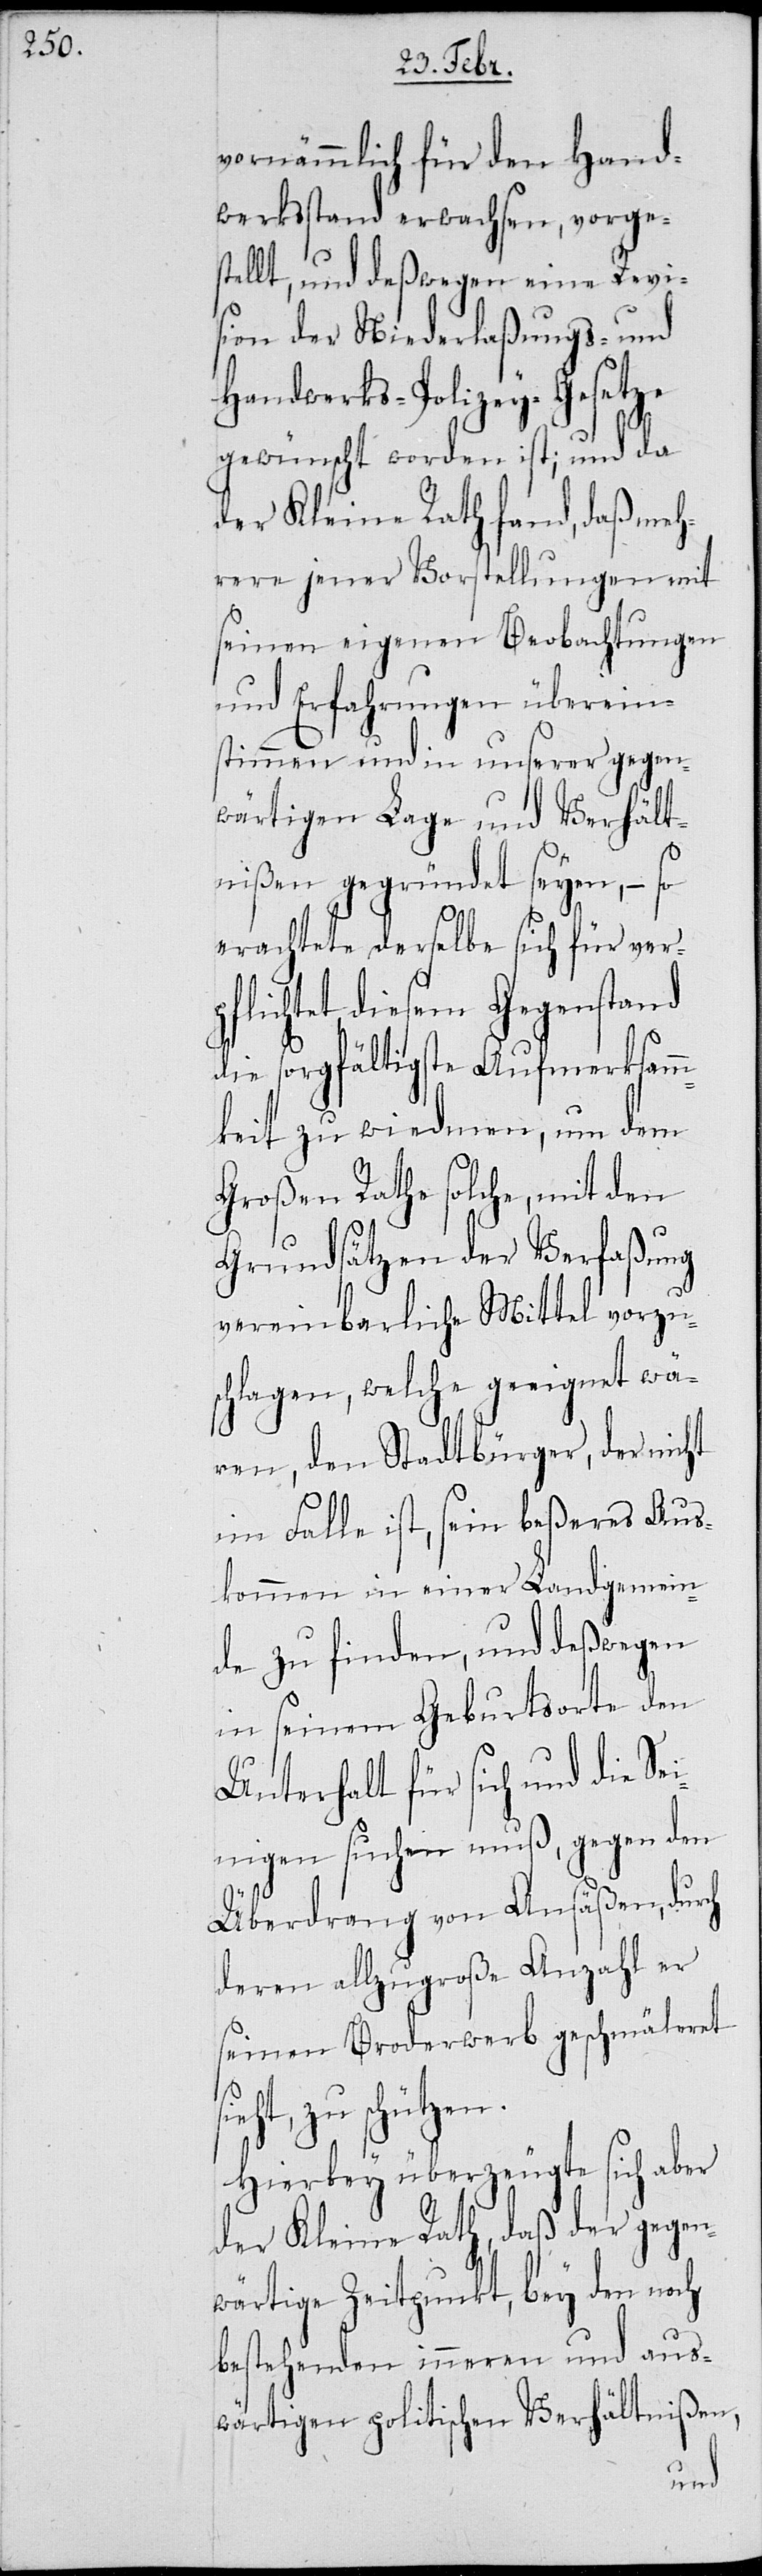
vornämmlich für den Hand¬
werksstand erwachsen, vorges¬
tellt, und deßwegen eine Revi¬
sion der Niederlaßungs- und
Handwerks-Polizey-Gesetze
gewünscht worden ist; und da
der Kleine Rath fand, daß meh¬
rere jener Vorstellungen mit
seinen eigenen Beobachtungen
und Erfahrungen überein¬
stimmen und in unserer gegen¬
wärtigen Lage und Verhält¬
nißen gegründet seyen, – so
erachtet derselbe sich für ver¬
pflichtet, diesem Gegenstand
die sorgfältigste Aufmerksam¬
keit zu wiedmen, um dem
Großen Rathe solche, mit den
Grundsätzen der Verfaßung
vereinbarliche Mittel vorzu¬
schlagen, welche geeignet wä¬
ren, den Stadtbürger, der nicht
im Falle ist, sein beßeres Aus¬
kommen in einer Landgemein¬
de zu finden, und deßwegen
in seinem Geburtsorte den
Unterhalt für sich und die Se¬
inigen suchen muß, gegen den
Überdrang von Ansäßen, durch
deren allzugroße Anzahl er
seinen Broderwerb geschmäleret
eht, zu schützen.
Hierbey überzeugte sich aber
der Kleine Rath, daß der gegen¬
wärtige Zeitpunkt, bey den noch
bestehenden inneren und aus¬
wärtigen politischen Verhältnißen,
si¬